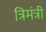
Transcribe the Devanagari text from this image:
त्रिमंत्री